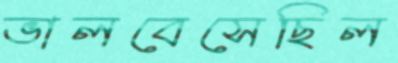
ভালবেসেছিল